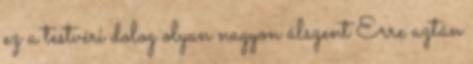
ez a testvéri dolog olyan nagyon álszent Erre aztán